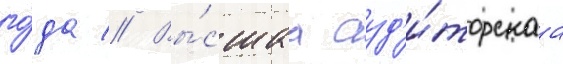
го́да // Вы́сшаа ауд'и́торскаа